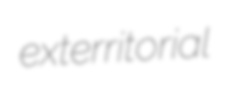
exterritorial